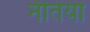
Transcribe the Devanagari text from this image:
नीतयां